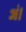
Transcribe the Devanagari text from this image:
अं।